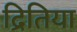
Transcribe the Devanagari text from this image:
द्रितिया